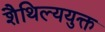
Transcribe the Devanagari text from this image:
शैथिल्ययुक्त